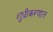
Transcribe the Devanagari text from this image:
शुधीकरणात